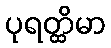
ပုရတ္ထိမာ